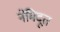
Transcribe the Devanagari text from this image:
नेमिदूत